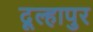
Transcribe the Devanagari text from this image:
दूल्हापुर